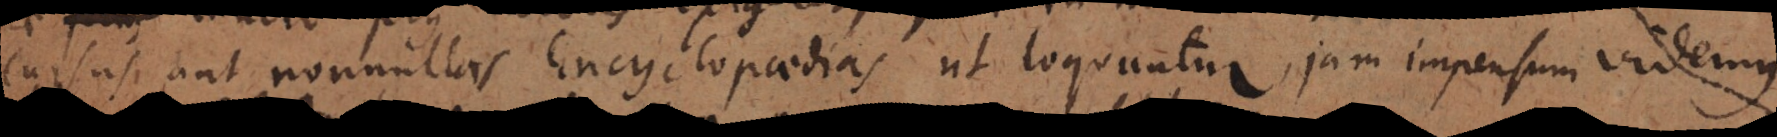
cursus aut nonnullas Encyclopaedias ut loquuntur jam impensum videmus